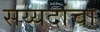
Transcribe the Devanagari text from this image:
सय्यदांचा